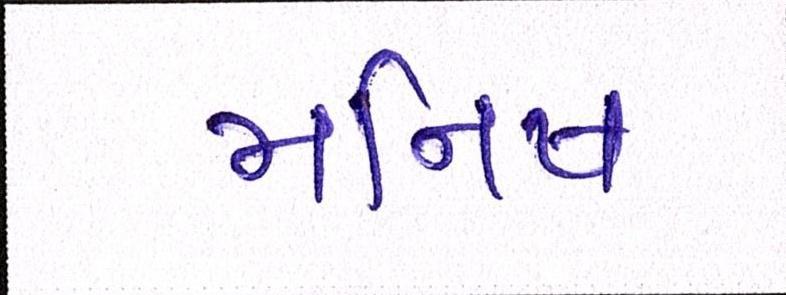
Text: મનિષ